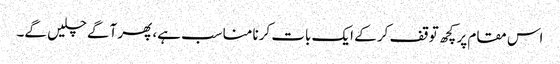
اس مقام پر کچھ توقف کر کے ایک بات کرنا مناسب ہے، پھر آگے چلیں گے۔